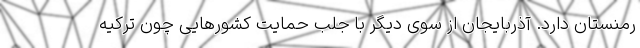
رمنستان دارد. آذربایجان از سوی دیگر با جلب حمایت کشورهایی چون ترکیه